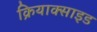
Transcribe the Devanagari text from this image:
क्रियाक्साइड